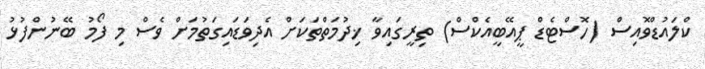
ކްލައުޑްވޮއިސް (ހޮސްޓެޑް ޕީއޭބީއެކްސް) ތިރީގައިވާ ޚިދުމަތްތަކަށް އެދިވަޑައިގަތުމަށް ވެސް މި ފޯމު ބޭނުންފުޅު